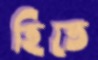
হিতে